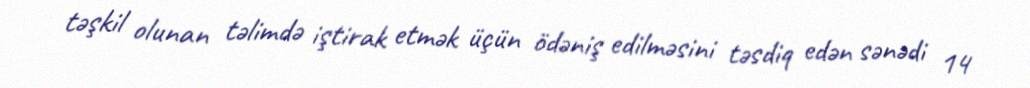
təşkil olunan təlimdə iştirak etmək üçün ödəniş edilməsini təsdiq edən sənədi 14